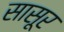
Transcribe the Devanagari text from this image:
सासूर